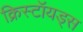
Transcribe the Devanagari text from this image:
क्रिस्टॉयड्स